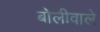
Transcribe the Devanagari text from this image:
बोलीवाले